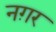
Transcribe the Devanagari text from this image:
नग़र